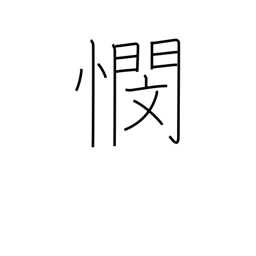
Meaning: anxiety